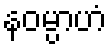
နဝမ္ပာဟံ